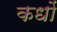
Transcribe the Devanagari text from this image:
कधों